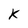
Character: k